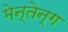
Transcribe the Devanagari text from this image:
मेन्तेन्ग